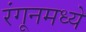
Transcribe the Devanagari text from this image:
रंगूनमध्ये